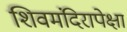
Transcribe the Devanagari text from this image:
शिवमंदिरापेक्षा